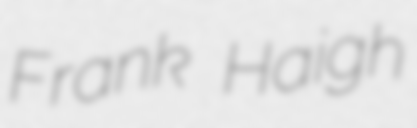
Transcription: Frank Haigh